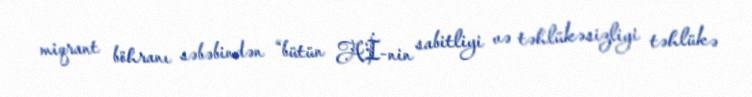
miqrant böhranı səbəbindən “bütün Aİ-nin sabitliyi və təhlükəsizliyi təhlükə